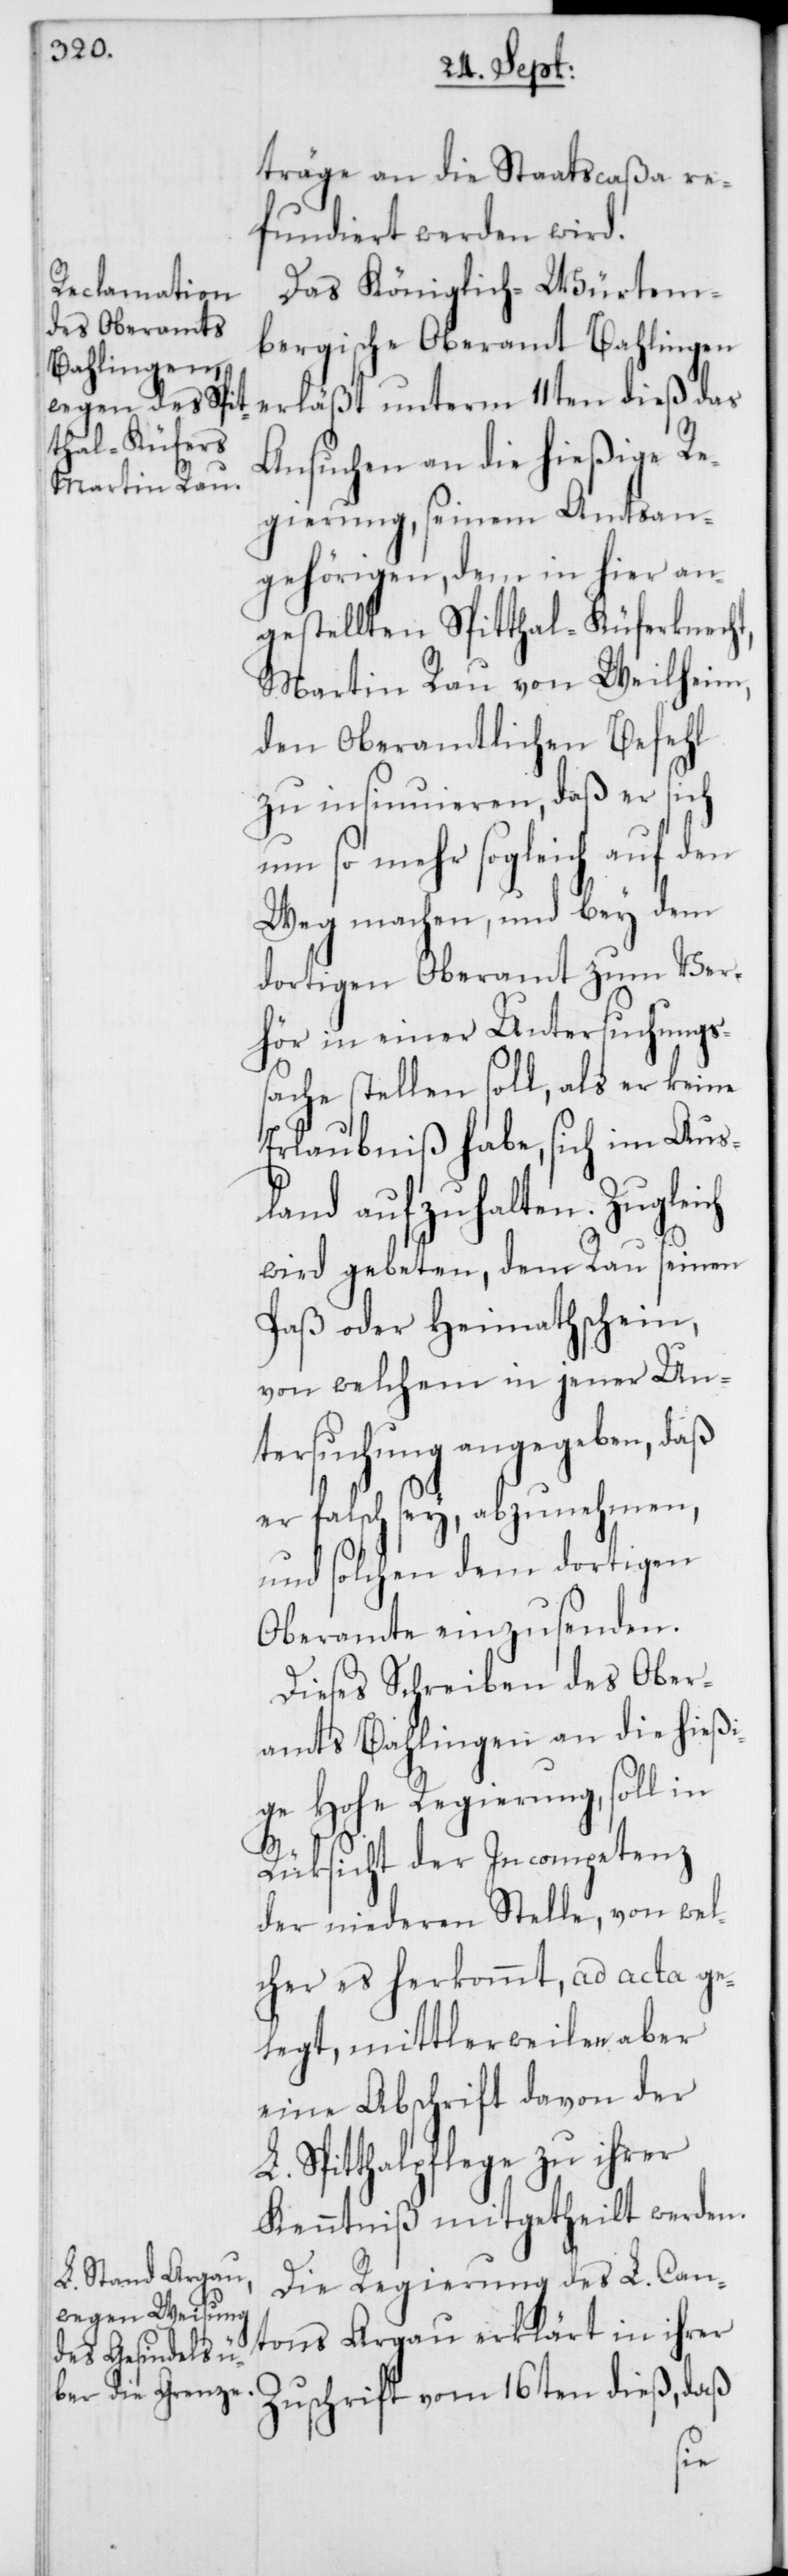
träge an die Staatscaßa re¬
fundiert werden wird.
Das Königlich-Würtem¬
bergische Oberamt Bahlingen
erläßt unterm 11ten dieß das
Ansuchen an die hießige Re¬
gierung, seinem Amtsan¬
gehörigen, dem in hier an¬
gestellten Spitthal-Küferknecht,
Martin Rau von Weilheim,
den oberamtlichen Befehl
zu insinuieren, daß er sich
um so mehr sogleich auf den
Weg machen, und bey dem
dortigen Oberamt zum Ver¬
hör in einer Untersuchungs¬
sache stellen soll, als er keine
Erlaubniß habe, sich im Aus¬
land aufzuhalten. Zugleich
wird gebeten, dem Rau seinen
Paß oder Heimathschein,
von welchem in jener Un¬
tersuchung angegeben, daß
er falsch sey, abzunehmen,
und solchen dem dortigen
Oberamte einzusenden.
Dieses Schreiben des Ober¬
amts Bahlingen an die hießi¬
ge Hohe Regierung, soll in
Rüksicht der Incompetenz
der niederen Stelle, von wel¬
cher es herkommt, ad acta ge¬
legt, mittlerweilen aber
eine Abschrift davon der
Spitthalpflege zu ihrer
Kenntniß mitgetheilt werden.
Die Regierung des L. Can¬
tons Argau erklärt in ihrer
Zuschrift vom 16ten dieß, daß